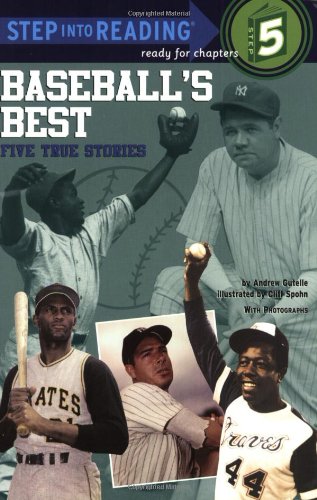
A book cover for Baseball's Best: Five True Stories (Step into Reading); Andrew Gutelle; Children's Books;